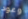
وعود